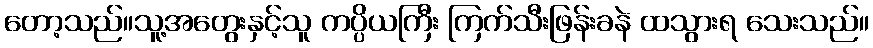
တော့သည်။သူ့အတွေးနှင့်သူ ကပ္ပိယကြီး ကြက်သီးဖြန်းခနဲ ထသွားရ သေးသည်။